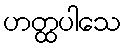
ဟတ္ထပါသေ